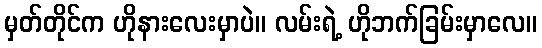
မှတ်တိုင်က ဟိုနားလေးမှာပဲ။ လမ်းရဲ့ ဟိုဘက်ခြမ်းမှာလေ။